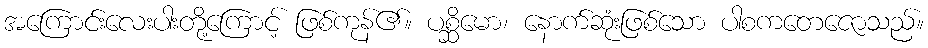
အကြောင်းလေးပါးတို့ကြောင့် ဖြစ်ကုန်၏။ ပစ္ဆိမော၊ နောက်ဆုံးဖြစ်သော ပါစကတေဇောသည်။